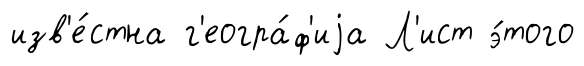
изв'е́стна г'еогра́ф'иjа Л'ист э́того